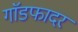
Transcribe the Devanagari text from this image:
गाॅडफादर